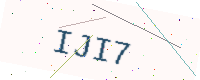
Text: IJI7